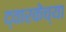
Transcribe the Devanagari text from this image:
द्वारकेच्या